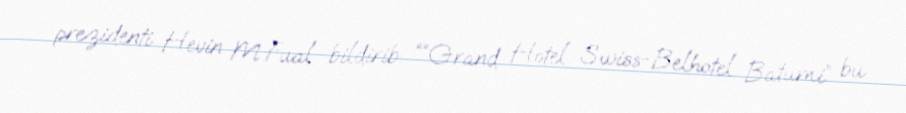
prezidenti Hevin M.Fual bildirib: ““Grand Hotel Swiss-Belhotel Batumi” bu